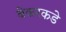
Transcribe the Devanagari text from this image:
बेकरकडे